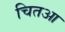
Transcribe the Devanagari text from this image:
चितआ